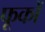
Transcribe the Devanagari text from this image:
फूकों